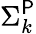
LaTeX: \Sigma_{k}^{\mathsf{P}}